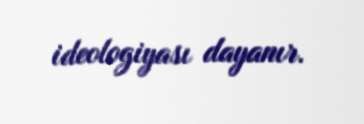
ideologiyası dayanır.